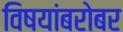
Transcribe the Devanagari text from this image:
विषयांबरोबर